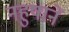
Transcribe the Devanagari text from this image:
नहुषानें